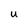
Character: u